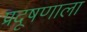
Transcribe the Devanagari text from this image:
प्रदूषणाला